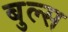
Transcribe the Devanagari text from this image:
बुल्‍स